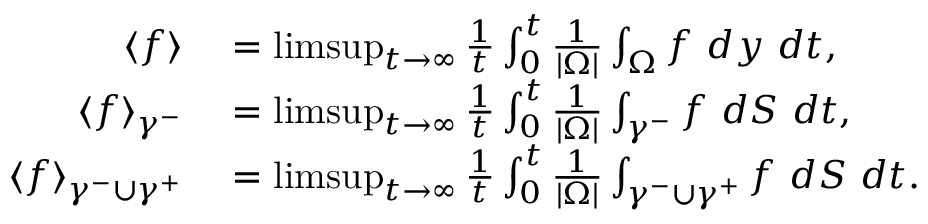
\begin{array} { r l } { \langle f \rangle } & { { } = \operatorname* { l i m s u p } _ { t \to \infty } \frac { 1 } { t } \int _ { 0 } ^ { t } \frac { 1 } { | \Omega | } \int _ { \Omega } f \ d y \ d t , } \\ { \langle f \rangle _ { \gamma ^ { - } } } & { { } = \operatorname* { l i m s u p } _ { t \to \infty } \frac { 1 } { t } \int _ { 0 } ^ { t } \frac { 1 } { | \Omega | } \int _ { \gamma ^ { - } } f \ d S \ d t , } \\ { \langle f \rangle _ { \gamma ^ { - } \cup \gamma ^ { + } } } & { { } = \operatorname* { l i m s u p } _ { t \to \infty } \frac { 1 } { t } \int _ { 0 } ^ { t } \frac { 1 } { | \Omega | } \int _ { \gamma ^ { - } \cup \gamma ^ { + } } f \ d S \ d t . } \end{array}